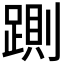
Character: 𰸠